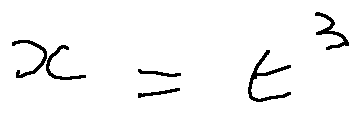
x = t ^ { 3 }